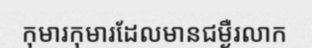
កុមារកុមារដែលមានជម្ងឺរលាក